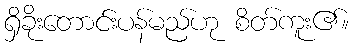
ရှိခိုးတောင်းပန်မည်ဟု စိတ်ကူး၏။